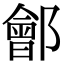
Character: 鄶